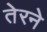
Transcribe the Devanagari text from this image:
तेरने